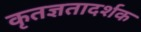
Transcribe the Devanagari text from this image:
कृतज्ञतादर्शक